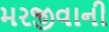
મરજીવાની